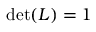
\operatorname* { d e t } ( L ) = 1